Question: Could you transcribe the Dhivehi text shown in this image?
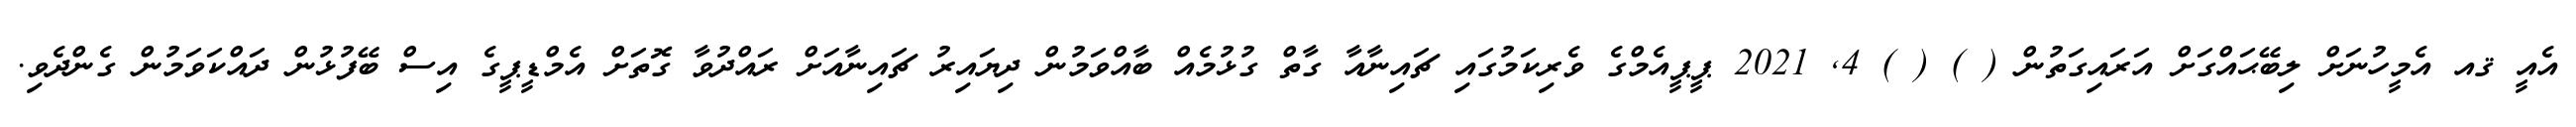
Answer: އެއީ ޤއ އެމީހުނަށް ލިބޭޙައްގަށް އަރައިގަތުން ( ) ( ) 4, 2021 ޕީޕީއެމްގެ ވެރިކަމުގައި ޗައިނާއާ ގާތް ގުޅުމެއް ބާއްވަމުން ދިޔައިރު ޗައިނާއަށް ރައްދުވާ ގޮތަށް އެމްޑީޕީގެ އިސް ބޭފުޅުން ދައްކަވަމުން ގެންދެވި.